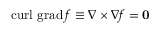
\operatorname { c u r l } \, \operatorname { g r a d } f \equiv \nabla \times \nabla f = \mathbf { 0 }